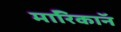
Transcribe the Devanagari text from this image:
माॅरिकाॅन